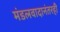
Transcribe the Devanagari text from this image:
मंडलवादानंतरही